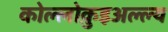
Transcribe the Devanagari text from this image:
कोल्लोक़ुइअल्ल्य